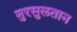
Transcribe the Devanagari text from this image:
नुरसुलतान